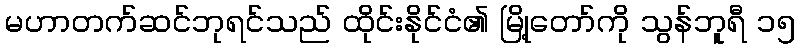
မဟာတက်ဆင်ဘုရင်သည် ထိုင်းနိုင်ငံ၏ မြို့တော်ကို သွန်ဘူရီ ၁၅